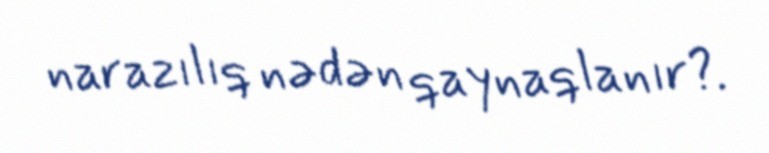
narazılıq nədən qaynaqlanır?.